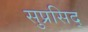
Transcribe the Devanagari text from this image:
सुप्रसिद्